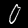
Digit: 0